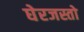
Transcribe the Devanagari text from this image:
घेरजस्तो